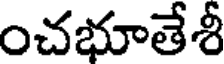
ంచభూతేశీ